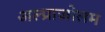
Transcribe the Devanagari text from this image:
अल्प्राजोलम